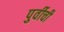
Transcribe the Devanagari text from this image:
पुर्वीची